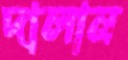
দালান